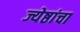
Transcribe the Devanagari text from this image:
ज्येष्ठांचा